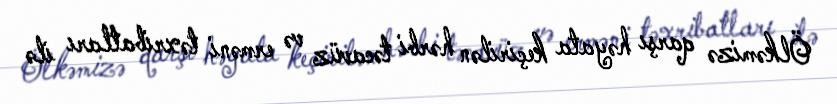
Ölkəmizə qarşı həyata keçirilən hərbi təcavüz və erməni təxribatları ilə